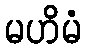
မဟိမံ